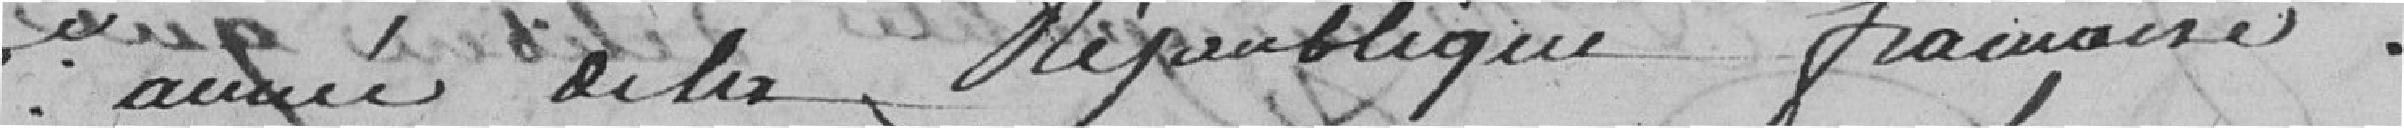
de l'année de la République française.